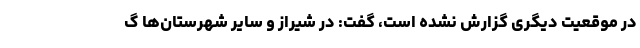
در موقعیت دیگری گزارش نشده است، گفت: در شیراز و سایر شهرستان‌ها گ